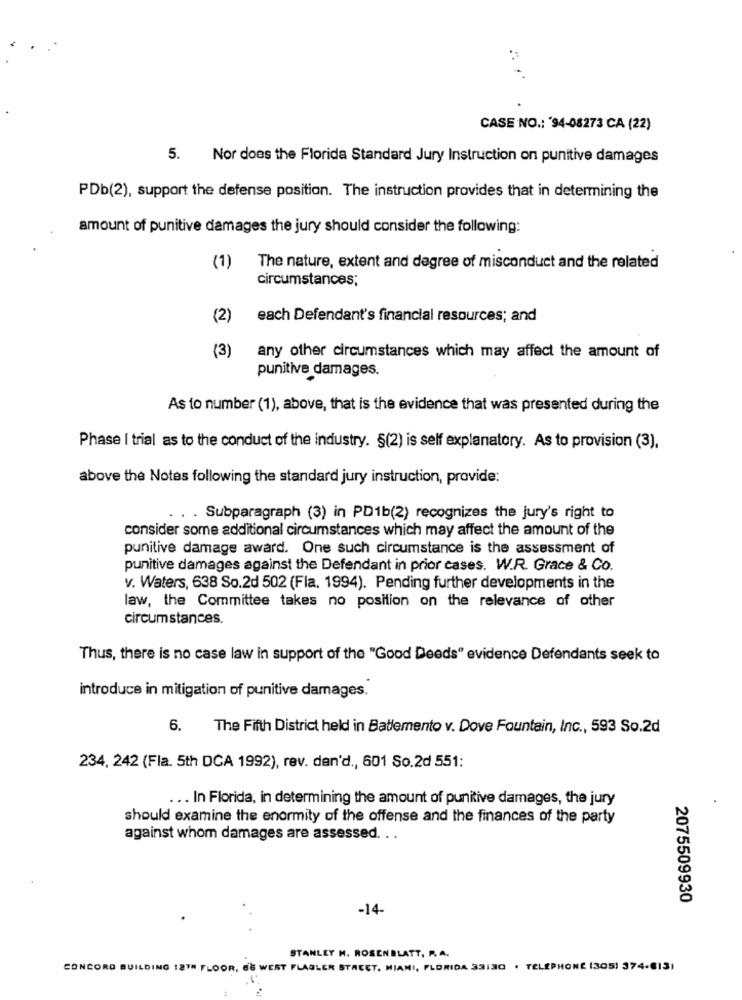
CASE NO .: '94-08273 CA (22)
5. Nor does the Florida Standard Jury Instruction on punitive damages
PDb(2), support the defense position. The instruction provides that in determining the
amount of punitive damages the jury should consider the following:
(1)
The nature, extent and degree of misconduct and the related
circumstances;
(2)
each Defendant's financial resources; and
(3)
any other circumstances which may affect the amount of
punitive damages.
As to number (1), above, that is the evidence that was presented during the
Phase I trial as to the conduct of the industry. §(2) is self explanatory. As to provision (3),
above the Notes following the standard jury instruction, provide:
. . Subparagraph (3) in PD1b(2) recognizes the jury's right to
consider some additional circumstances which may affect the amount of the
punitive damage award. One such circumstance is the assessment of
punitive damages against the Defendant in prior cases. W.R. Grace & Co.
v. Waters, 638 So.2d 502 (Fla. 1994). Pending further developments in the
law, the Committee takes no position on the relevance of other
circumstances.
Thus, there is no case law in support of the "Good Deeds" evidence Defendants seek to
introduce in mitigation of punitive damages.
6.
The Fifth District held in Batlemento v. Dove Fountain, Inc ., 593 So.2d
234, 242 (Fla. 5th DCA 1992), rev. den'd ., 601 So.2d 551:
... In Florida, in determining the amount of punitive damages, the jury
should examine the enormity of the offense and the finances of the party
against whom damages are assessed. . .
2075509930
-14-
STANLEY M. ROSEN BLATT. P.A.
CONCORD BUILDING 12TH FLOOR, ES WERT FLAGLER STREET, MIAMI, FLORIDA 33130 . TELEPHONE (305) 374-6131